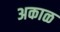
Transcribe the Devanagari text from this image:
अकाळ